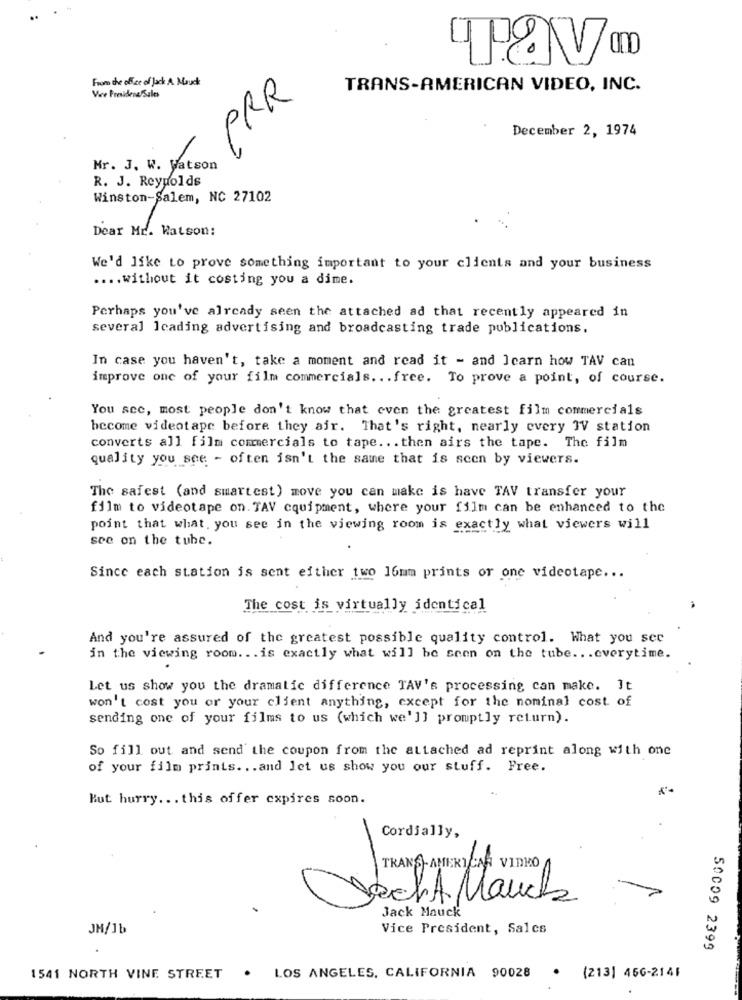
From the office of Jack A Nouk
PRR
TRANS-AMERICAN VIDEO, INC.
Vice President Sales
December 2, 1974
Mr. J. W. Watson
R. J. Reynolds
Winston-Salem, NC 27102
Dear Mr. Watson:
We'd like to prove something important to your clients and your business
.... without it costing you a dime.
Perhaps you've already seen the attached ad that recently appeared in
several leading advertising and broadcasting trade publications.
In case you haven't, take a moment and read it - and Icarn how TAV can
improve one of your film commercials .. . free. To prove a point, of course.
You scc, most people don't know that even the greatest film commercials
become videotape before they air. That's right, nearly every TV station
converts all film commercials to tape. . . then airs the tape. The film
quality you see - often isn't the same that is seen by viewers.
The safest (and smartest) move you can make is have TAV transfer your
film to videotape on. TAV equipment, where your film can be enhanced to the
point that what . you see in the viewing room is exactly what viewers will
sce on the tube.
Since each station is sent either two 16mm prints or one videotape ...
The cost is virtually identical
And you're assured of the greatest possible quality control. What you see
in the viewing room. . . is exactly what will be seen on the tube ... everytime.
Let us show you the dramatic difference TAV's processing can make. It
won't cost you or your client anything, except for the nominal cost of
sending one of your films to us (which we']] promptly return).
So fill out and send the coupon from the attached ad reprint along with one
of your film prints ... and let us show you our stuff. Free.
Kut hurry ... this offer expires soon.
Cordially,
TRANSAMERICAA VIDEO
Vecht Manch
Jack Mauck
JH/1b
Vice President, Salcs
50009 2399
1541 NORTH VINE STREET
. LOS ANGELES, CALIFORNIA 90028
· (213] 456-214F